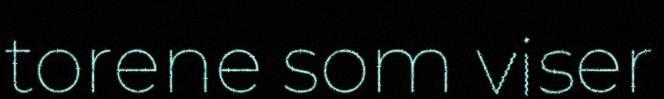
torene som viser